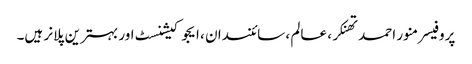
پروفیسر منور احمد تھنکر ، عالم ، سائنسدان ، ایجوکیشنسٹ اور بہترین پلانر ہیں۔